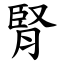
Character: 腎